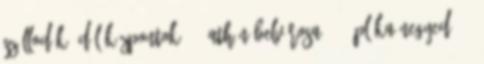
szállodák Üdülőközpontok 3 Athén belvárosa 15 Pláka negyed 5